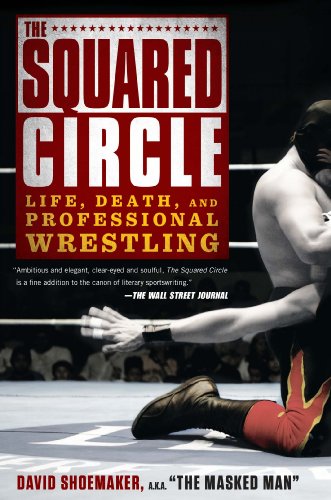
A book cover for The Squared Circle: Life, Death, and Professional Wrestling; David Shoemaker; Sports & Outdoors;